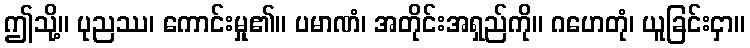
ဤသို့။ ပုညဿ၊ ကောင်းမှု၏။ ပမာဏံ၊ အတိုင်းအရှည်ကို။ ဂဟေတုံ၊ ယူခြင်းငှာ။